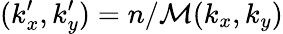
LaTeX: (k_{x}^{\prime},k_{y}^{\prime})=n/\mathcal{M}(k_{x},k_{y})